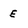
Character: E